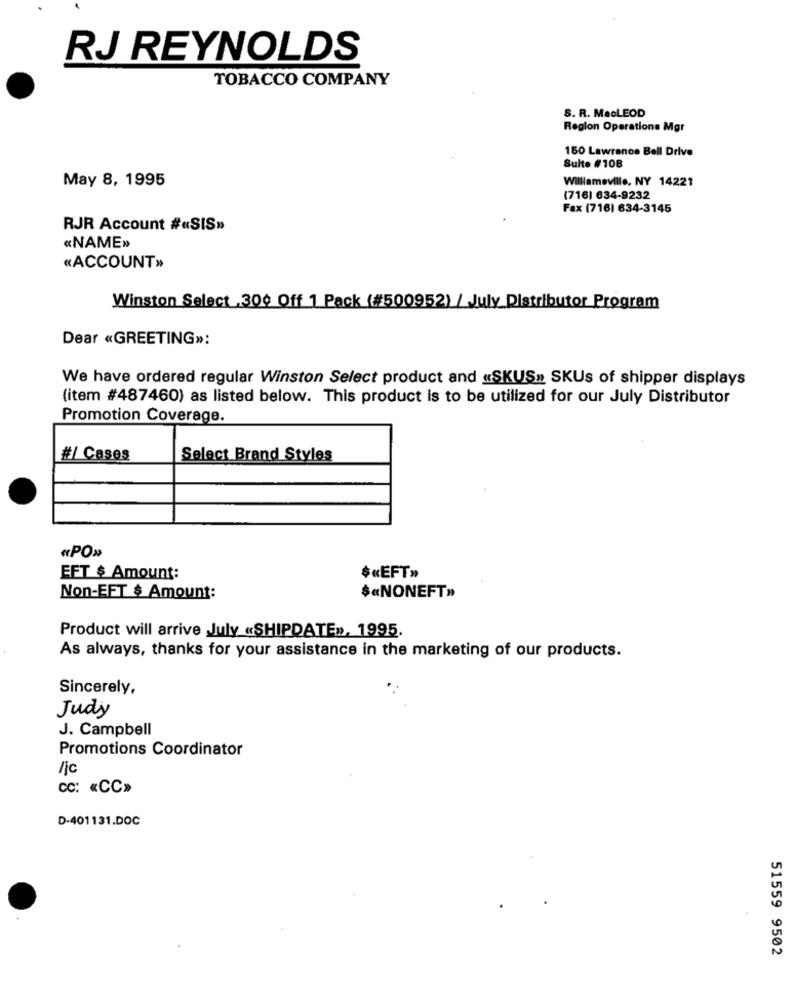
RJ REYNOLDS
TOBACCO COMPANY
S. R. MacLEOD
Region Operations Mgr
150 Lawrence Bell Drive
Suite #108
May 8, 1995
Williameville, NY 14221
(716) 634-9232
Fax (716) 634-3145
RJR Account #«SIS»
«NAME»>
«ACCOUNT»
Winston Select 300 Off 1 Pack (#500952) / July Distributor Program
Dear «GREETING>>:
We have ordered regular Winston Select product and «SKUS» SKUs of shipper displays
(item #487460) as listed below. This product is to be utilized for our July Distributor
Promotion Coverage.
#/ Cases
Select Brand Styles
«PO»0
EFT $ Amount:
$«EFT»
$«NONEFT»
Non-EFT $ Amount:
Product will arrive July «SHIPDATE», 1995.
As always, thanks for your assistance in the marketing of our products.
Sincerely,
Judy
J. Campbell
Promotions Coordinator
/jc
cc: «CC»
D-401131.DOC
51559 9502